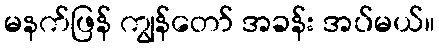
မနက်ဖြန် ကျွန်တော် အခန်း အပ်မယ်။